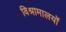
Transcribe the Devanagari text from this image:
विश्रामालयों